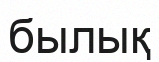
былық